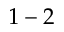
1 - 2